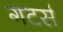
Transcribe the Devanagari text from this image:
गटर्स